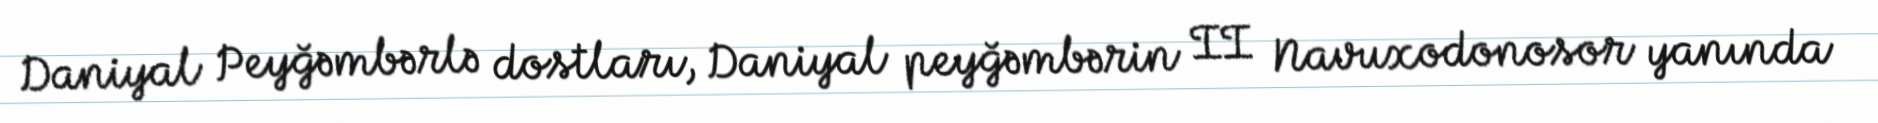
Daniyal Peyğəmbərlə dostları, Daniyal peyğəmbərin II Navuxodonosor yanında